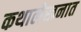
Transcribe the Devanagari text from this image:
कथालेखनात